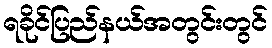
ရခိုင်ပြည်နယ်အတွင်းတွင်